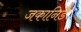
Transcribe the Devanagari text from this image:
जकानिडे